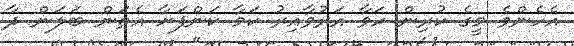
އެހެންވެ މީގެ ކުރިން ހަވާ އަރުވާއިރު ކަމާ ކަންފަށާ އެތަން ބަލަން ދާ